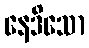
နေဒိသော